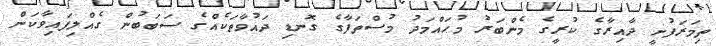
ތިމަރަފުށީ ދާއިރާގެ ކުރީގެ މެންބަރު މުހައްމަދު މުސްތަފާގެ ގޮނޑި ދައުވާތަކެއްގެ ސަބަބުން ގެއްލިފައިވާކަން